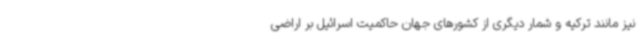
نیز مانند ترکیه و شمار دیگری از کشورهای جهان حاکمیت اسرائیل بر اراضی